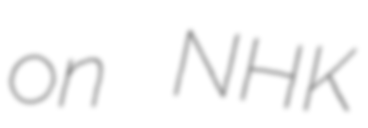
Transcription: on NHK